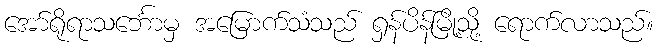
အော်ရိုရာသင်္ဘောမှ အမြောက်သံသည် ရှန်ပိန်မြို့သို့ ရောက်လာသည်။